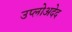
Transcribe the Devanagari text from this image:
उप्लोअदेद